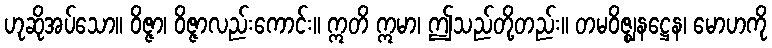
ဟုဆိုအပ်သော။ ဝိဇ္ဇာ၊ ဝိဇ္ဇာလည်းကောင်း။ ဣတိ ဣမာ၊ ဤသည်တို့တည်း။ တမဝိဇ္ဈနဋ္ဌေန၊ မောဟကို